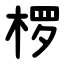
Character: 椤